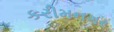
કરીમનગર